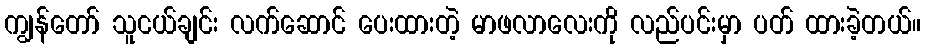
ကျွန်တော် သူငယ်ချင်း လက်ဆောင် ပေးထားတဲ့ မာဖလာလေးကို လည်ပင်းမှာ ပတ် ထားခဲ့တယ်။